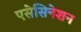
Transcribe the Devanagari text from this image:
एसेसिनेशन